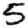
Digit: 5